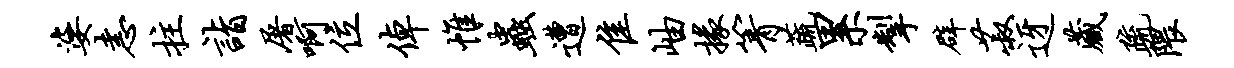
婆恚拄诣屠啊位倬帷虫遭隹岫掾箐蔬累掣辟菽迓藏疏隈